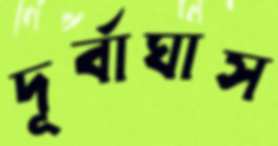
দূর্বাঘাস